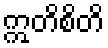
ဣတိစိတိ